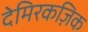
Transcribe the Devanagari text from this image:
देमिरकज़िक